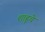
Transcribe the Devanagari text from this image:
शाहूचे